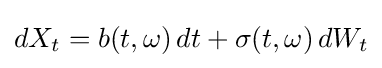
dX_{t}=b(t,\omega )\,dt+\sigma (t,\omega )\,dW_{t}